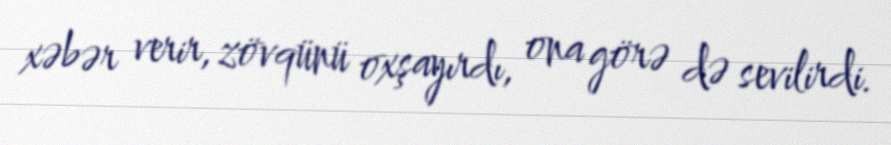
xəbər verir, zövqünü oxşayırdı, ona görə də sevilirdi.